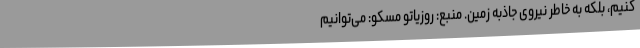
کنیم، بلکه به خاطر نیروی جاذبه زمین. منبع: روزیاتو مسکو: می‌توانیم